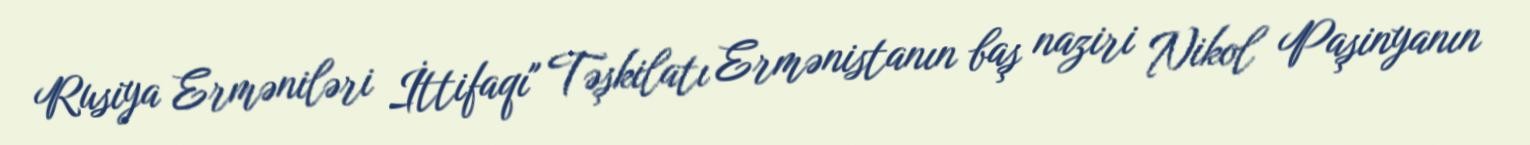
Rusiya Erməniləri İttifaqı" Təşkilatı Ermənistanın baş naziri Nikol Paşinyanın